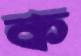
ক